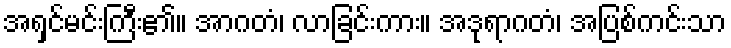
အရှင်မင်းကြီး၏။ အာဂတံ၊ လာခြင်းကား။ အဒုရာဂတံ၊ အပြစ်ကင်းသာ